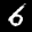
Label: 6